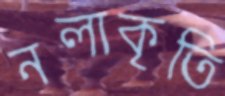
নলাকৃতি